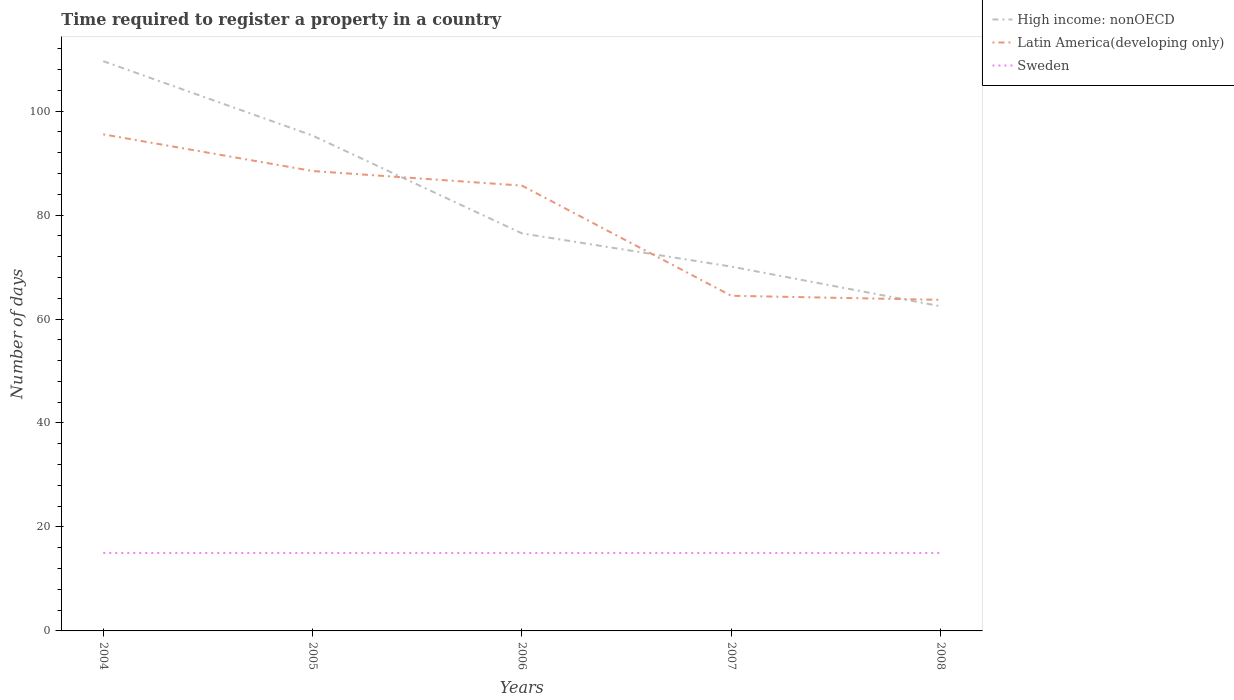
| Years | High income: nonOECD | Latin America(developing only) | Sweden |
 | --- | --- | --- | --- |
 | 2004 | 110 | 95.5 | 15 |
 | 2005 | 95.3 | 88.5 | 15 |
 | 2006 | 76.5 | 85.7 | 15 |
 | 2007 | 70.1 | 64.5 | 15 |
 | 2008 | 62.5 | 63.7 | 15 |